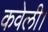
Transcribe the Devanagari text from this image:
कवेली।